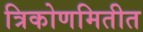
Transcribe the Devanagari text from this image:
त्रिकोणमितीत